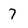
Character: 7